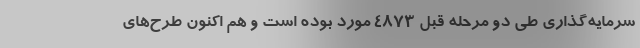
سرمایه‌گذاری طی دو مرحله قبل 4873 مورد بوده است و هم اکنون طرح‌های